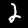
Digit: 2